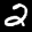
Label: 2